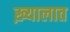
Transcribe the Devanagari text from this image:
ख़्यालात